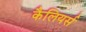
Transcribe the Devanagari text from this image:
कैलियर्स